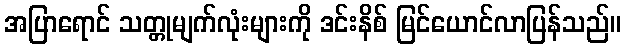
အပြာရောင် သတ္တုမျက်လုံးများကို ဒင်းနိစ် မြင်ယောင်လာပြန်သည်။